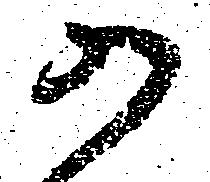
か